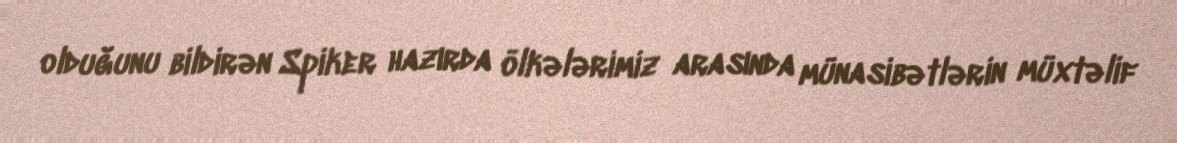
olduğunu bildirən Spiker hazırda ölkələrimiz arasında münasibətlərin müxtəlif